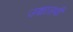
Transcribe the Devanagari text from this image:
उञ्चासवीं